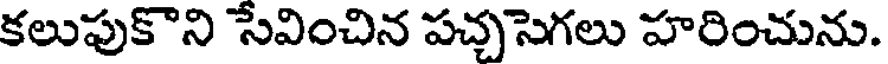
కలుపుకొని సేవించిన పచ్చసెగలు హరించును.